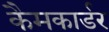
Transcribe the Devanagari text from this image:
कैमकार्डर